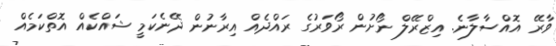
ވާރޭ އޮއްސާލާނެ. އިޒްރޭލް ނޯށުން ރޯވަރުގެ ރައްދެއް އިރާނުން ދޭނެކަމީ ޝައްކެއް އޮތްކަމެއް